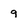
Character: g